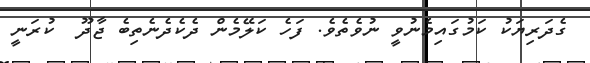
ގެދަރިޔަކު ކަމުގައިމެނުވީ ނުވެތެވެ. ފަހެ ކަލޭމެން ދެކެދެނެތިބެ ޖާދޫ  ކުރަނީ